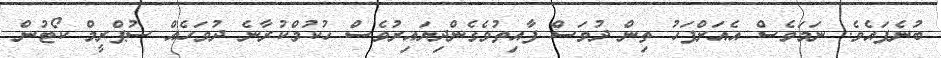
ބުނެފައެވެ. ނަމަވެސް އެއަށްފަހު ތިން ދުވަސް ފާއިތުވެގެންދިޔައިރުވެސް ހުކުމްކުރާނެ ދުވަހެއް ސުޕްރީމް ކޯޓުން